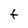
Character: F